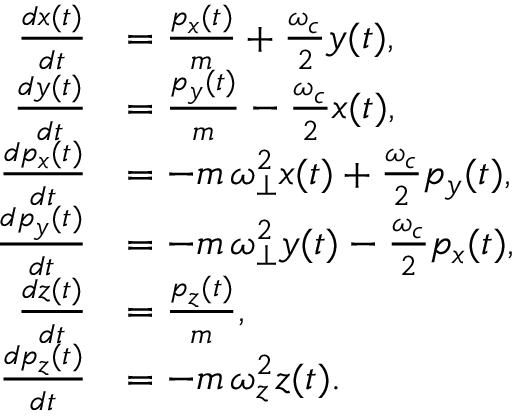
\begin{array} { r l } { \frac { d x ( t ) } { d t } } & { = \frac { p _ { x } ( t ) } { m } + \frac { \omega _ { c } } { 2 } y ( t ) , } \\ { \frac { d y ( t ) } { d t } } & { = \frac { p _ { y } ( t ) } { m } - \frac { \omega _ { c } } { 2 } x ( t ) , } \\ { \frac { d p _ { x } ( t ) } { d t } } & { = - m \, \omega _ { \perp } ^ { 2 } x ( t ) + \frac { \omega _ { c } } { 2 } p _ { y } ( t ) , } \\ { \frac { d p _ { y } ( t ) } { d t } } & { = - m \, \omega _ { \perp } ^ { 2 } y ( t ) - \frac { \omega _ { c } } { 2 } p _ { x } ( t ) , } \\ { \frac { d z ( t ) } { d t } } & { = \frac { p _ { z } ( t ) } { m } , } \\ { \frac { d p _ { z } ( t ) } { d t } } & { = - m \, \omega _ { z } ^ { 2 } z ( t ) . } \end{array}